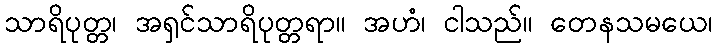
သာရိပုတ္တ၊ အရှင်သာရိပုတ္တရာ။ အဟံ၊ ငါသည်။ တေနသမယေ၊